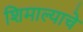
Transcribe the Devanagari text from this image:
शिमाल्याचे